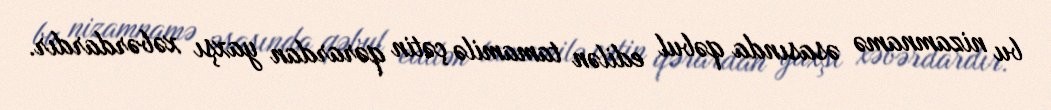
bu nizamnamə əsasında qəbul edilən tamamilə çətin qərardan yaxşı xəbərdardır.